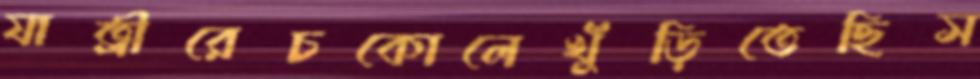
যাত্রীরেচকোলেখুঁড়িতেছিস